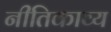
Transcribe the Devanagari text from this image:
नीतिकाव्य